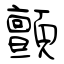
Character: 顫